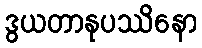
ဒွယတာနုပဿိနော